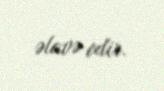
əlavə edir.